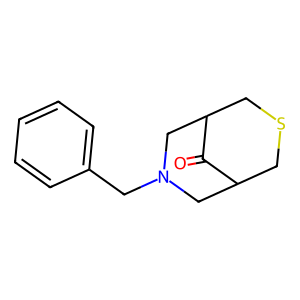
SMILES: O=C1C2CSCC1CN(Cc1ccccc1)C2
Inhibits HIV replication: No